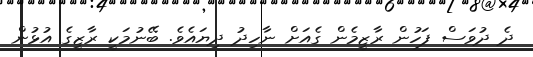
ދެ ދުވަސް ފަހުން ރާޒީމެން ގެއަށް ނާހިދު ދިޔައެވެ. ބޭނުމަކީ ރާޒީގެ އުޅުން